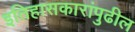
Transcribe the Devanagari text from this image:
इतिहासकारांपुढील